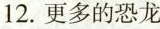
12.更多的恐龙